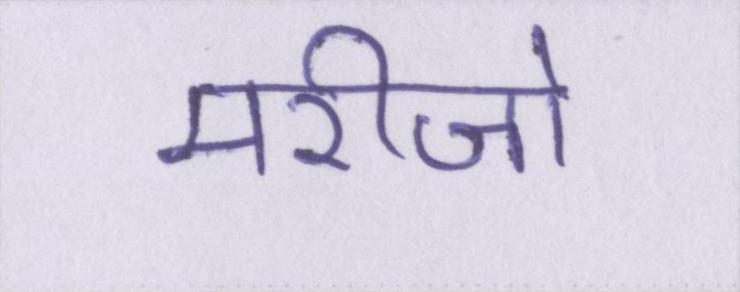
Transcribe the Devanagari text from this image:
मरीजो